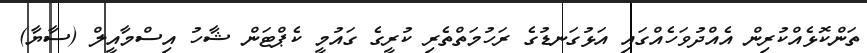
ތަންކޮޅެއްކުރިން އެއްދުވަހެއްގައި އަޅުގަނޑުގެ ރަހުމަތްތެރި ކުރީގެ ގައުމީ ކެޕްޓަން ޝާހު އިސްމާއީލް (ސާޔާ)